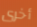
أخرى